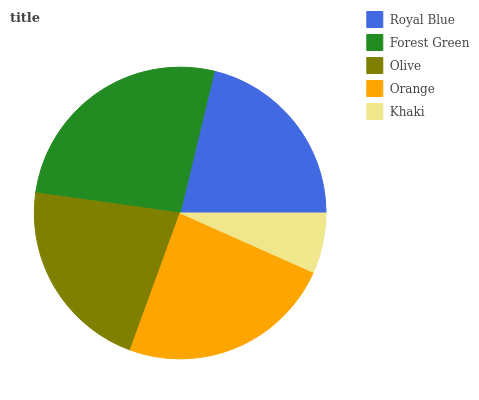
| Royal Blue | Forest Green | Olive | Orange | Khaki |
 | --- | --- | --- | --- | --- |
 | 21.2% | 26.6% | 21.7% | 23.9% | 6.67% |